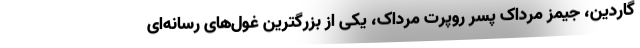
گاردین، جیمز مرداک پسر روپرت مرداک، یکی از بزرگترین غول‌های رسانه‌ای